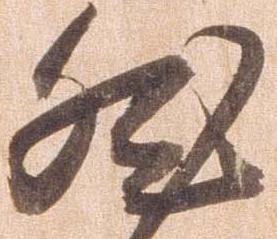
然